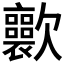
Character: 𣤽